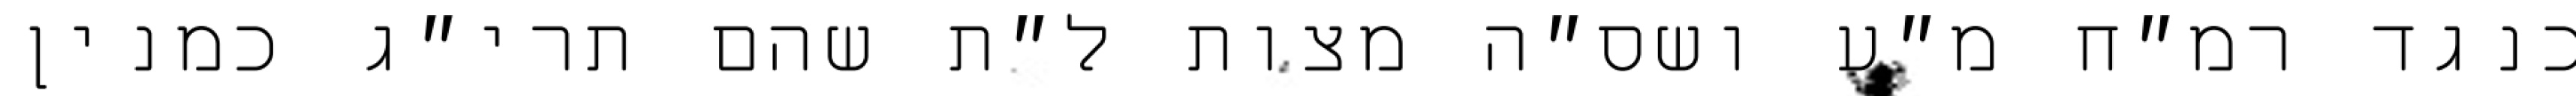
כנגד רמ״ח מ״ע ושס״ה מצות ל״ת שהם תרי״ג כמנין